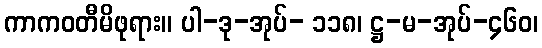
ကာကဝတီမိဖုရား။ ပါ-ဒု-အုပ်- ၁၁၈၊ ဋ္ဌ-မ-အုပ်-၄၆၀၊